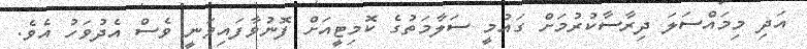
އަދި މިމައްސަލަ ދިރާސާކުރުމަށް ގައުމީ ސަލާމަތުގެ ކޮމިޓީއަށް ފޮނުވާފައިވަނީ ވެސް އެދުވަހު އެވެ.